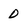
Character: D